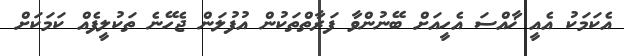
އެކަމަކު އެއީ ޚާއްސަ އެހީއަށް ބޭނުންވާ ފަރާތްތަކުން އުފުލަން ޖެހޭނެ ތަކުލީފެއް ކަމަކަށް